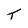
Character: T